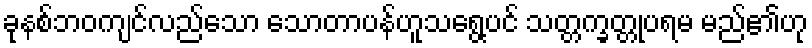
ခုနစ်ဘဝကျင်လည်သော သောတာပန်ဟူသရွေ့ပင် သတ္တက္ခတ္တုပရမ မည်၏ဟု